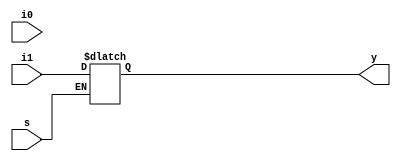
`timescale 1ns / 1ps
//////////////////////////////////////////////////////////////////////////////////
// Company: 
// Engineer: 
// 
// Design Name: 
// Module Name: d_latch_using_mux
// Project Name: 
// Target Devices: 
// Tool Versions: 
// Description: 
// 
// Dependencies: 
// 
// Revision:
// Revision 0.01 - File Created
// Additional Comments:
// 
//////////////////////////////////////////////////////////////////////////////////


module d_latch_using_mux(
    input  i1,i0,
    input s,
    output reg y
    );
   always@(i0,i1,s)
      begin
        if(s)
         y=i1;
        
      end 
     
endmodule